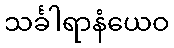
သင်္ခါရာနံယေဝ